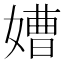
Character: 㜖